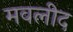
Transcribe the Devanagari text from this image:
मवलीद